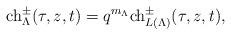
LaTeX: \begin{align*} \mathrm{ch}^\pm_{\Lambda} (\tau, z, t) = q^{m_{\Lambda}} \mathrm{ch}^\pm_{L(\Lambda)} (\tau, z, t),\end{align*}